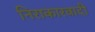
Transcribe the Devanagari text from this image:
निराकारवादी